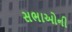
સભાઓની